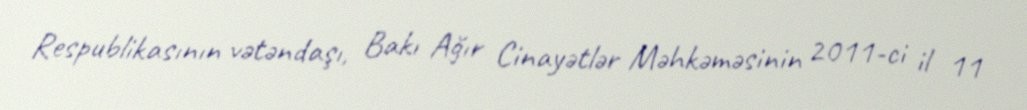
Respublikasının vətəndaşı, Bakı Ağır Cinayətlər Məhkəməsinin 2011-ci il 11